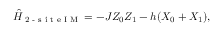
\hat { H } _ { \textrm { 2 - s i t e I M } } = - J Z _ { 0 } Z _ { 1 } - h ( X _ { 0 } + X _ { 1 } ) ,